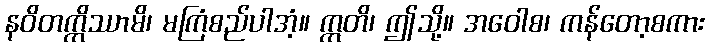
နဝိတက္ကိဿာမိ၊ မကြံစည်ပါအံ့။ ဣတိ၊ ဤသို့။ အဝေါစ၊ ကန်တော့စကား